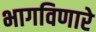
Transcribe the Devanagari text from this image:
भागविणारे